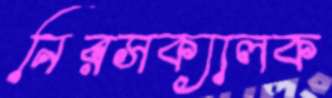
নিরসক্যালক